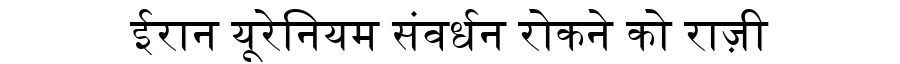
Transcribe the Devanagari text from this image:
ईरान यूरेनियम संवर्धन रोकने को राज़ी